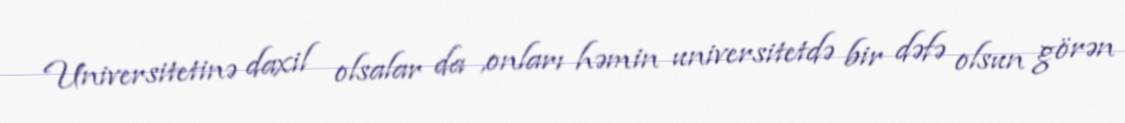
Universitetinə daxil olsalar da ,onları həmin universitetdə bir dəfə olsun görən